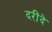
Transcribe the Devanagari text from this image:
दरींदे